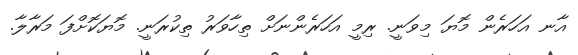
އާނ އަހަރެން މޮޔަ މިވަނީ. ރިމީ އަހަރެންނަށް ތިހާވަރު ތިކުރަނީ. މޮޔަކޮށްފަ މަރާލާ.